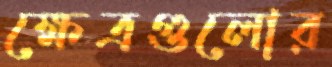
ক্ষেত্রগুলোর